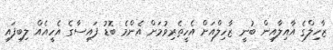
ޒާހިލްގެ އާއިލާއިން ބުނީ ޒާހިލްއަށް އެހީތެރިވުމަށް އެންމެ ބޮޑު ފައިސާގެ އެހީއެއް ލިބިފައި